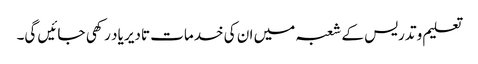
تعلیم و تدریس کے شعبہ میں ان کی خدمات تادیر یاد رکھی جائیں گی۔